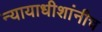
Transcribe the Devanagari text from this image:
न्यायाधीशांनीच